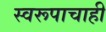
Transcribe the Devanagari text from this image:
स्वरूपाचाही